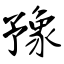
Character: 豫